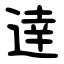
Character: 逹